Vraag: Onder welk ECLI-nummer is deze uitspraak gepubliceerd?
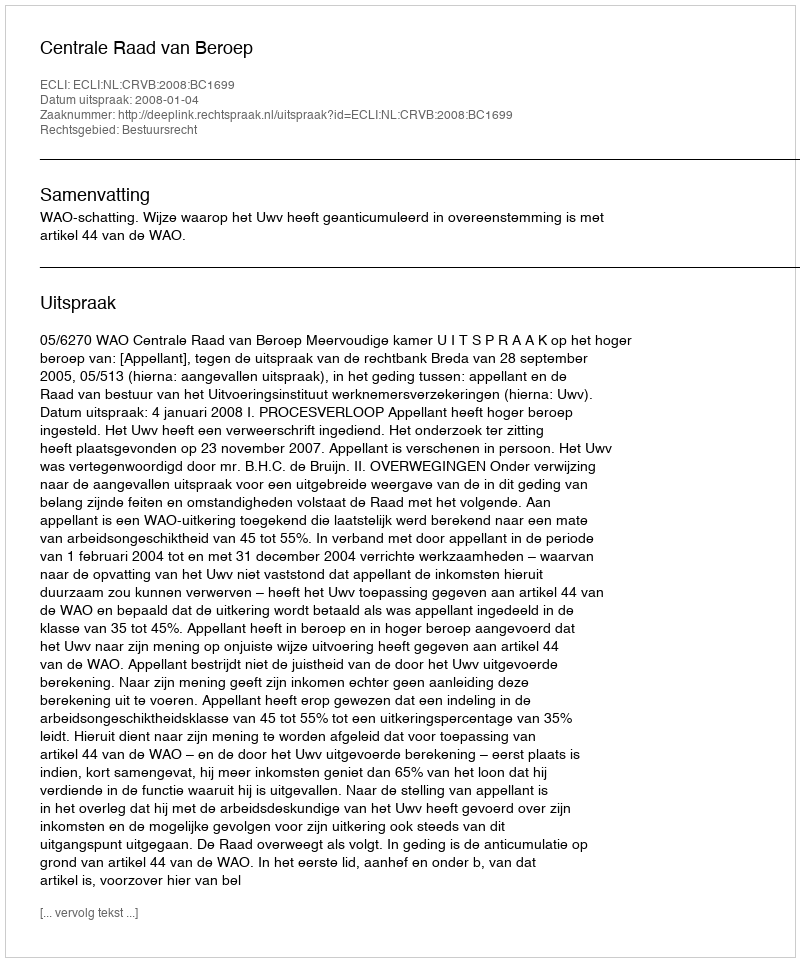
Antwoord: ECLI:NL:CRVB:2008:BC1699